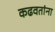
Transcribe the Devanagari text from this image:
कढवतांना